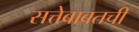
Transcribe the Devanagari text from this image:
सत्तेबाबतची